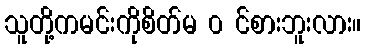
သူတို့ကမင်းကိုစိတ်မ ၀ င်စားဘူးလား။